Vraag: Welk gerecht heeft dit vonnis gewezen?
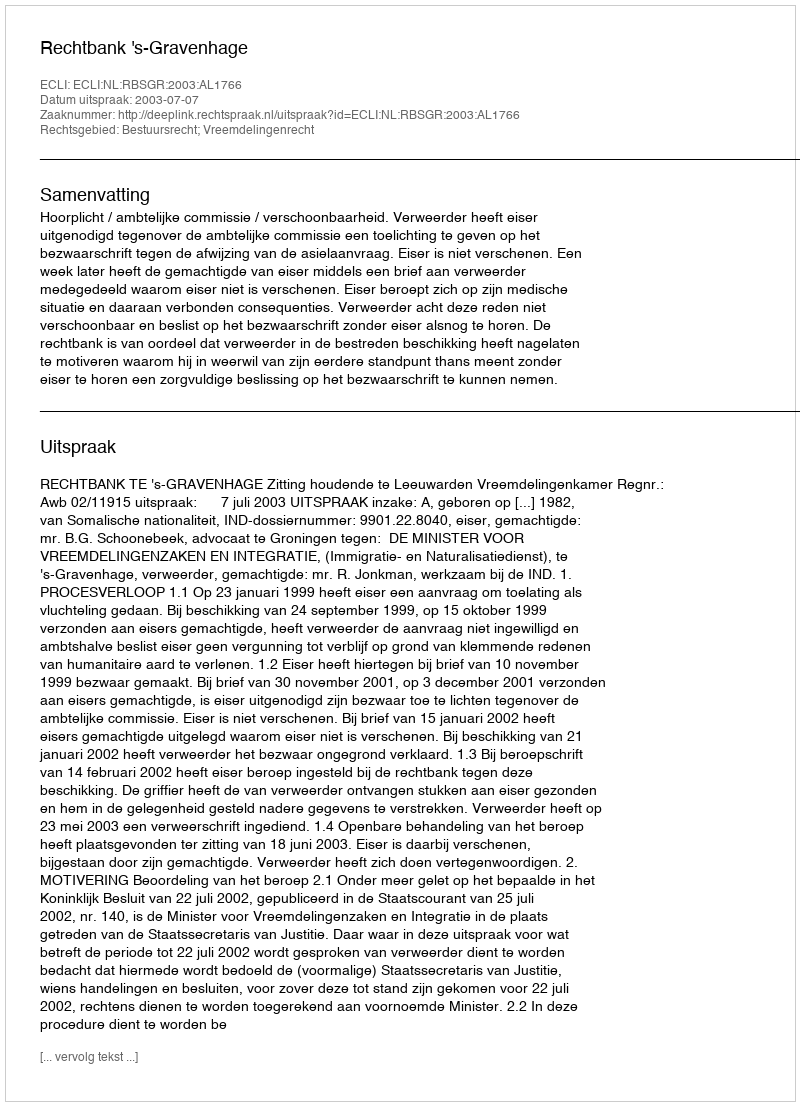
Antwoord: Rechtbank 's-Gravenhage